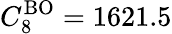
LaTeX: C_{8}^{\mathrm{BO}}=1621.5